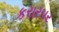
કરારપર